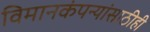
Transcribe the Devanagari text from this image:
विमानकंपन्यांसाठीही